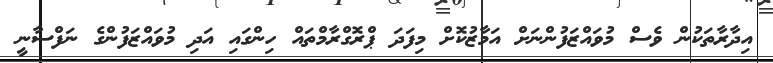
އިދާރާތަކުން ވެސް މުވައްޒަފުންނަށް އަމާޒުކޮށް މިފަދަ ޕްރޮގްރާމްތައް ހިންގައި އަދި މުވައްޒަފުންގެ ނަފްސާނީ